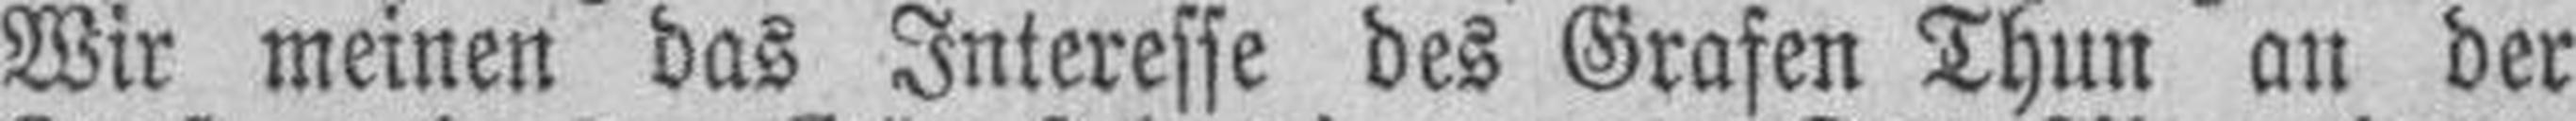
Wir meinen das Interesse des Grafen Thun an der